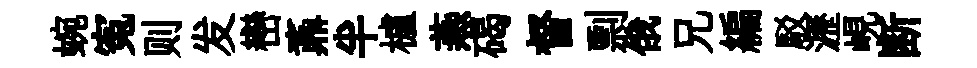
蜿寃则发巒鼒半櫨燕碣督剽俄兄編駁瀝峴断